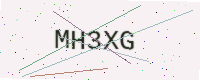
Text: MH3XG